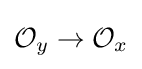
{\mathcal {O}}_{y}\to {\mathcal {O}}_{x}